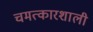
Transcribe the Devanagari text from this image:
चमत्कारशाली